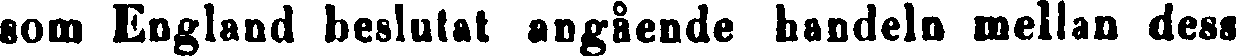
som England beslutat angående handeln mellan dess